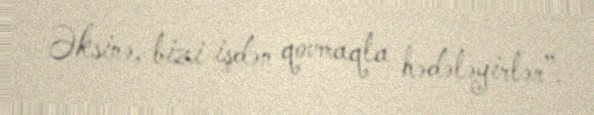
Əksinə, bizi işdən qovmaqla hədələyirlər”.